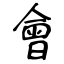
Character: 會